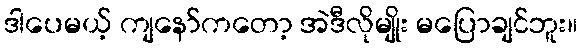
ဒါပေမယ့် ကျနော်ကတော့ အဲဒီလိုမျိုး မပြောချင်ဘူး။